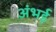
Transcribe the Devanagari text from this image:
अंभई